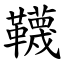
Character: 韈